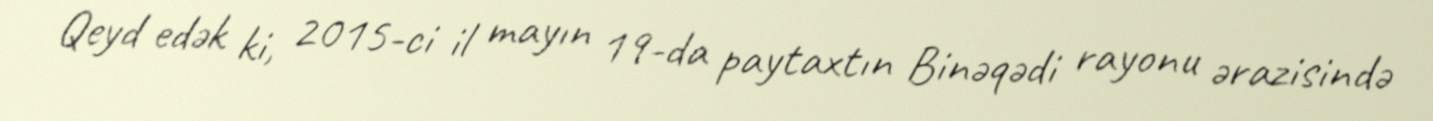
Qeyd edək ki, 2015-ci il mayın 19-da paytaxtın Binəqədi rayonu ərazisində